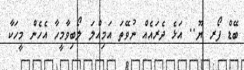
ބޭޑް ފޯރ ޔޫ.. އަޅެ ދެރައެއް ނުވޭތަ އަމިއްލަ ލޯބިވާމީހާ އެހެން މީހަކާ